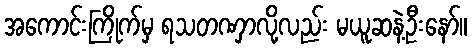
အကောင်းကြိုက်မှ ရသတဏှာလို့လည်း မယူဆနဲ့ဦးနော်။